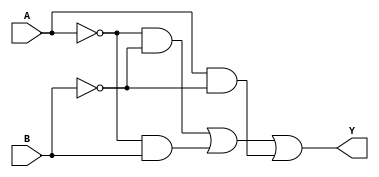
module two_variable_kmap (
    input wire A,  // Input variable A
    input wire B,  // Input variable B
    output wire Y  // Output based on K-map simplification
);

// K-map logic implementation
// The output Y can be derived from the K-map as follows:
// Y = A'B' + A'B + AB' + AB
// This can be simplified based on the specific K-map filling.
// For example, if we assume the K-map is filled as follows:
// - Cell (0,0) -> 1 (A=0, B=0)
// - Cell (0,1) -> 1 (A=0, B=1)
// - Cell (1,0) -> 1 (A=1, B=0)
// - Cell (1,1) -> 0 (A=1, B=1)
// The simplified expression would be Y = A' + B'

assign Y = (~A & ~B) | (~A & B) | (A & ~B); // Example output expression

endmodule